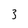
Character: 3